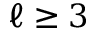
\ell \ge 3